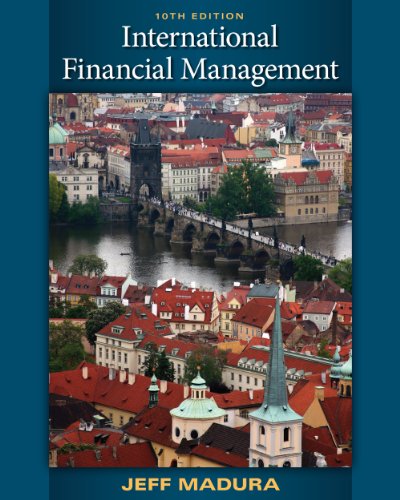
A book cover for International Financial Management; Jeff Madura; Reference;